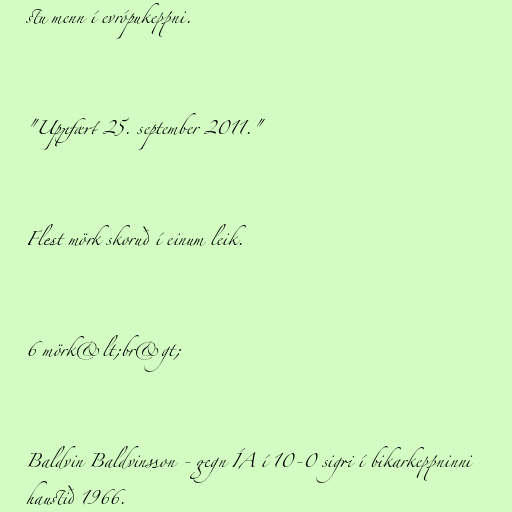
stu menn í evrópukeppni.

"Uppfært 25. september 2011."

Flest mörk skoruð í einum leik.

6 mörk&lt;br&gt;

Baldvin Baldvinsson - gegn ÍA í 10-0 sigri í bikarkeppninni
haustið 1966.